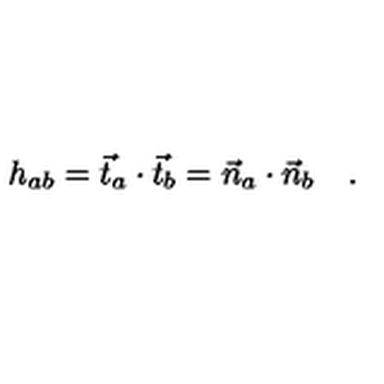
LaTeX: h _ { a b } = \vec { t } _ { a } \cdot \vec { t } _ { b } = \vec { n } _ { a } \cdot \vec { n } _ { b } \quad .